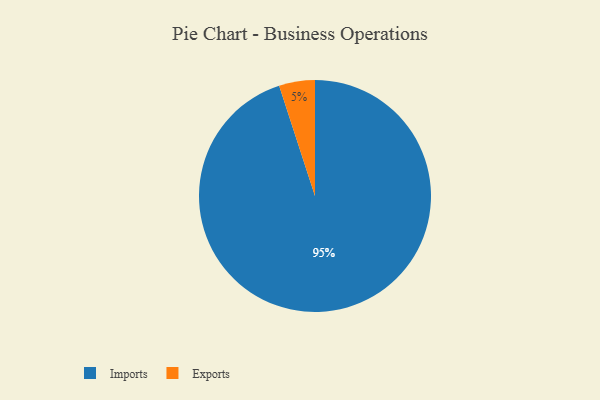
{"axis": {"x": "Category", "y": "Percentage"}, "legend": ["Exports", "Imports"], "data": [{"x": "Imports", "y": 95, "type": "Imports"}, {"x": "Exports", "y": 5, "type": "Exports"}]}